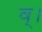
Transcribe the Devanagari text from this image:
व्।